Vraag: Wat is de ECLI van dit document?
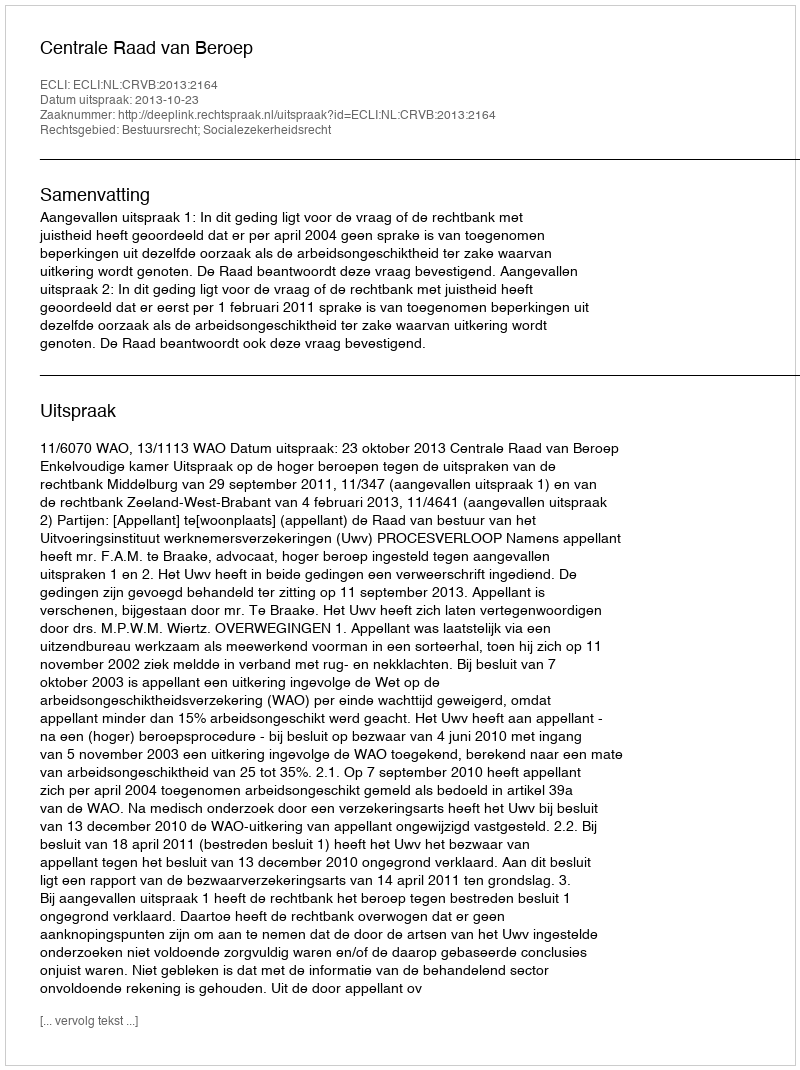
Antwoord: ECLI:NL:CRVB:2013:2164